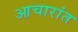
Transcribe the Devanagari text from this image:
आचारांत